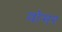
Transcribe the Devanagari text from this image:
वोमर